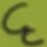
Text: CC